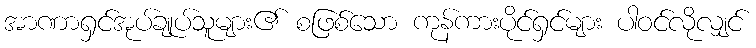
အာဏာရှင်အုပ်ချုပ်သူများ၏ စဖြစ်သော ကုန်ကားပိုင်ရှင်များ ပါဝင်လိုလျှင်